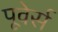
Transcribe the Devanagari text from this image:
पूवेर्स